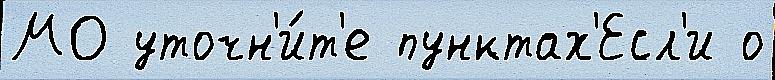
МО уточн'и́т'е пунктах'Есл'и о